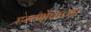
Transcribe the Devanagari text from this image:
हस्तक्षेपाच्या